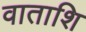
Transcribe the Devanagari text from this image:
वाताशि